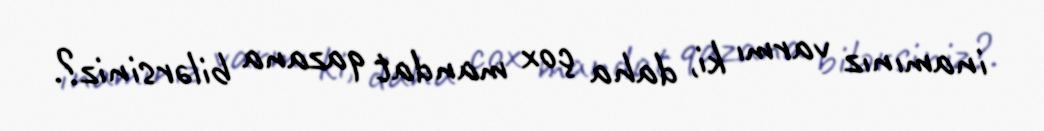
inamınız varmı ki, daha çox mandat qazana bilərsiniz?.